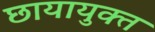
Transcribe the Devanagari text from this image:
छायायुक्‍त